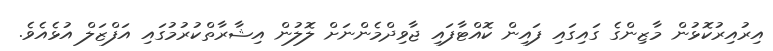
އިރުއިރުކޮޅުން މާޒިންގެ ގައިގައި ފައިން ކޮއްޓާފައި ޖާވިދްމެންނަށް ލޮލުން އިޝާރާތްކުރުމުގައި އަފްޒަލް އުޅެއެވެ.